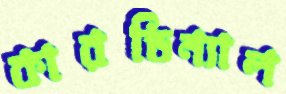
কারডিন্যাল